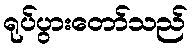
ရုပ်ပွားတော်သည်